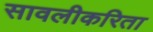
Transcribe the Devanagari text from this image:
सावलीकरिता